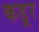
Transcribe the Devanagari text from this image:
कडूर